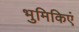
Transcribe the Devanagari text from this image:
भुमिकिएं